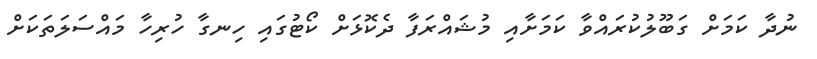
ނުދާ ކަމަށް ގަބޫލުކުރައްވާ ކަމަށާއި މުޝައްރަފާ ދެކޮޅަށް ކޯޓުގައި ހިނގާ ހުރިހާ މައްސަލަތަކަށް